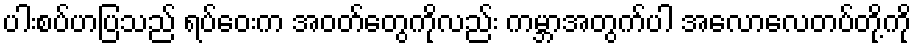
ပါးစပ်ဟပြသည် ရပ်ဝေးက အဝတ်တွေကိုလည်း ကမ္ဘာအတွက်ပါ အေလာလေတပ်တို့ကို